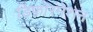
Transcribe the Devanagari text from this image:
डिफ़ोरमेशन